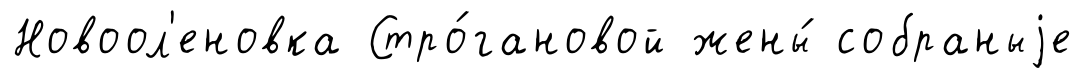
Новоол'еновка Стро́гановой жены́ собраныjе